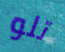
تلو